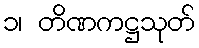
၁၊ တိဏကဋ္ဌသုတ်